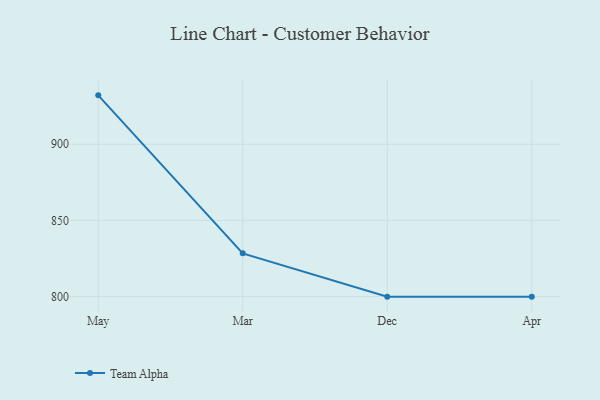
{"axis": {"x": "Month", "y": "Latency (ms)"}, "legend": ["Team Alpha"], "data": [{"x": "May", "y": 932.1, "type": "Team Alpha"}, {"x": "Mar", "y": 828.4, "type": "Team Alpha"}, {"x": "Dec", "y": 800, "type": "Team Alpha"}, {"x": "Apr", "y": 800, "type": "Team Alpha"}]}